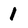
Character: 1